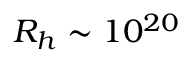
R _ { h } \sim 1 0 ^ { 2 0 }